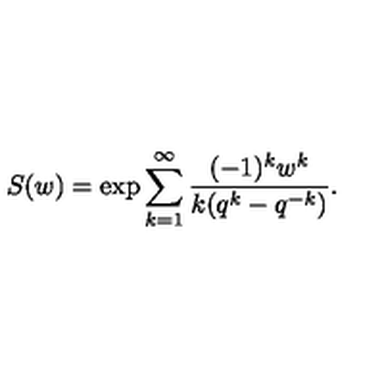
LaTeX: S ( w ) = \exp \sum _ { k = 1 } ^ { \infty } \frac { ( - 1 ) ^ { k } w ^ { k } } { k ( q ^ { k } - q ^ { - k } ) } .